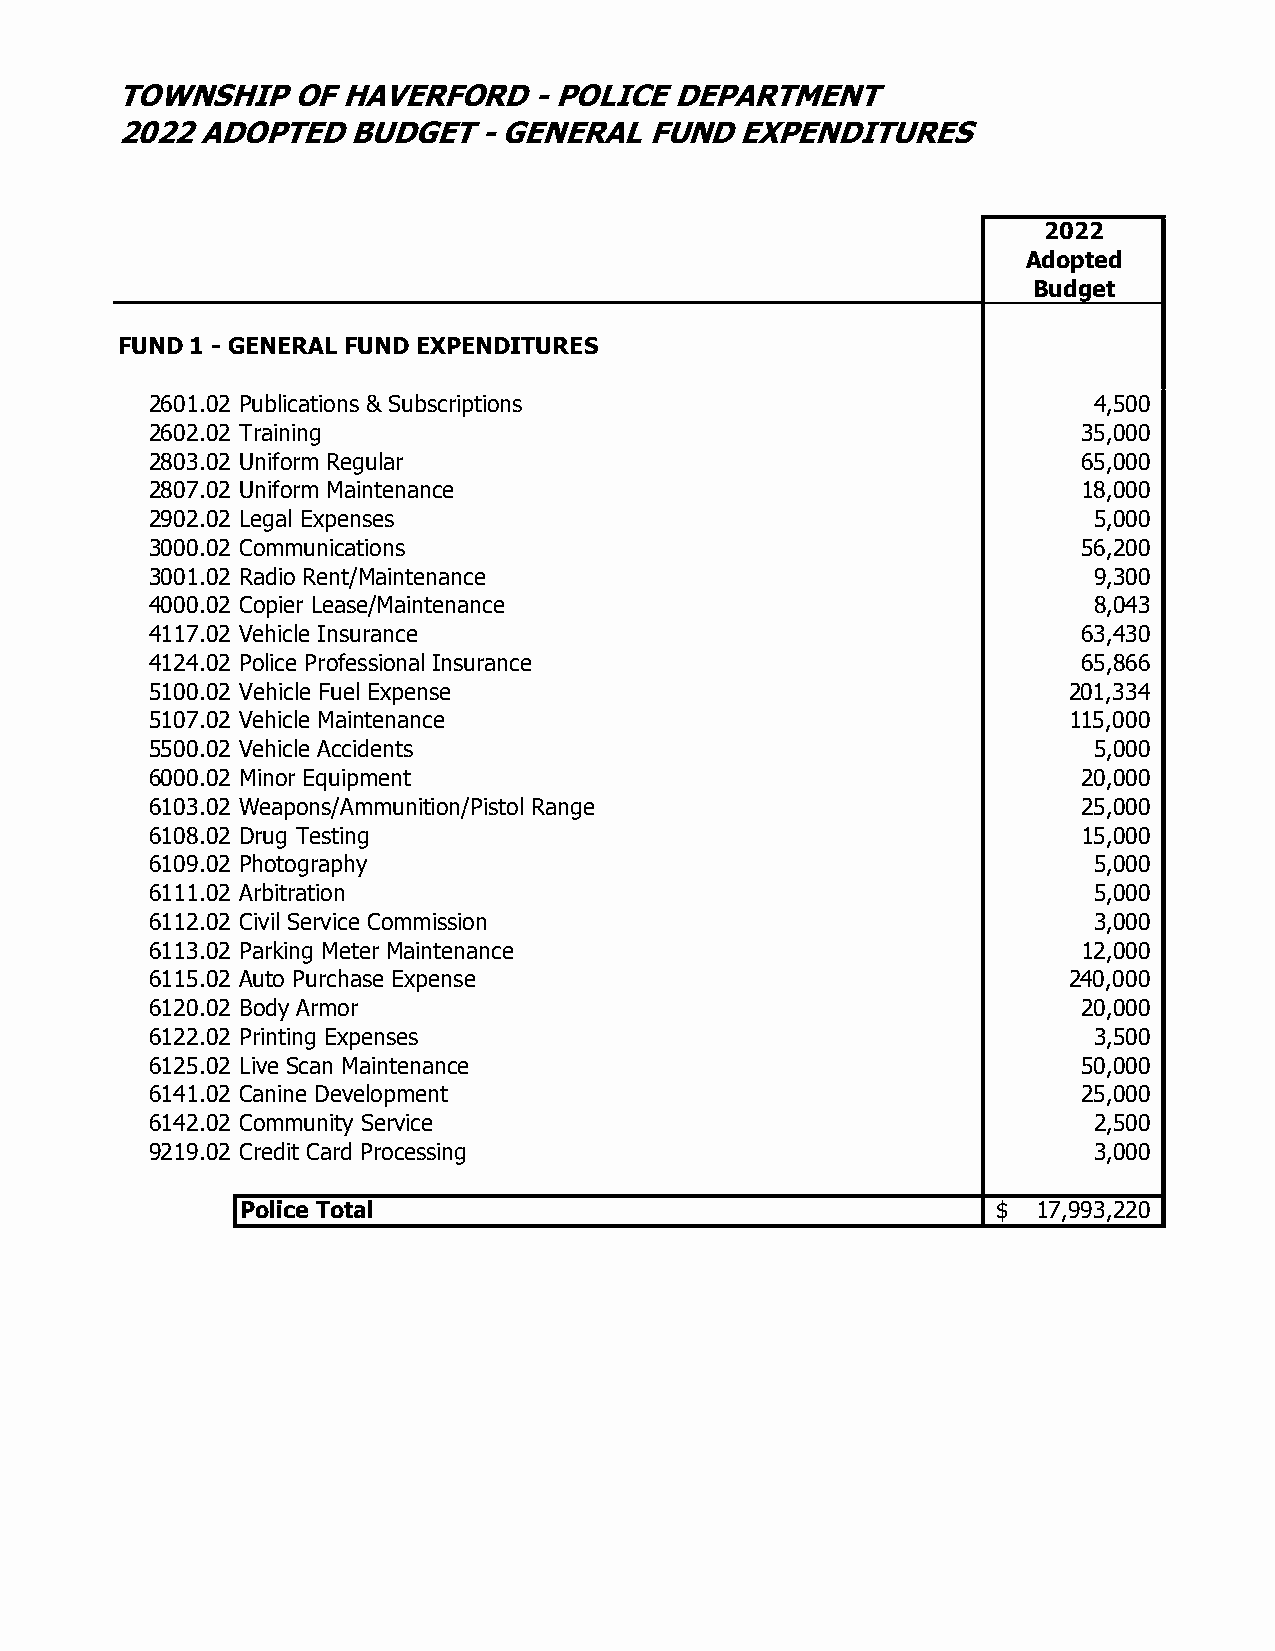
TOWNSHIP   OF  HAVERFORD   - POLICE  DEPARTMENT
 2022 ADOPTED   BUDGET   - GENERAL  FUND  EXPENDITURES
 2022
 Adopted
 Budget
 FUND 1 - GENERAL FUND EXPENDITURES
 2601.02 Publications & Subscriptions                          4,500
 2602.02 Training                                              35,000
 2803.02 Uniform Regular                                       65,000
 2807.02 Uniform Maintenance                                   18,000
 2902.02 Legal Expenses                                        5,000
 3000.02 Communications                                        56,200
 3001.02 Radio Rent/Maintenance                                9,300
 4000.02 Copier Lease/Maintenance                              8,043
 4117.02 Vehicle Insurance                                     63,430
 4124.02 Police Professional Insurance                         65,866
 5100.02 Vehicle Fuel Expense                                 201,334
 5107.02 Vehicle Maintenance                                  115,000
 5500.02 Vehicle Accidents                                     5,000
 6000.02 Minor Equipment                                       20,000
 6103.02 Weapons/Ammunition/Pistol Range                       25,000
 6108.02 Drug Testing                                          15,000
 6109.02 Photography                                           5,000
 6111.02 Arbitration                                           5,000
 6112.02 Civil Service Commission                              3,000
 6113.02 Parking Meter Maintenance                             12,000
 6115.02 Auto Purchase Expense                                240,000
 6120.02 Body Armor                                            20,000
 6122.02 Printing Expenses                                     3,500
 6125.02 Live Scan Maintenance                                 50,000
 6141.02 Canine Development                                    25,000
 6142.02 Community Service                                     2,500
 9219.02 Credit Card Processing                                3,000
 Police Total                                      $  17,993,220